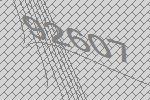
92607